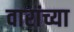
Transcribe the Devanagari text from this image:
वारांच्या